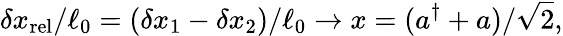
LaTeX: \delta x_{\mathrm{rel}}/\ell_{0}=(\delta x_{1}-\delta x_{2})/\ell_{0}\rightarrow x=(a^{\dagger}+a)/\sqrt{2},